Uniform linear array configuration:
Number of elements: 24
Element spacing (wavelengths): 0.5
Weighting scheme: exponential
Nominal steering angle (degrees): -15
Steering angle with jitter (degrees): -15.508
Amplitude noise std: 0.05
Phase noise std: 0.05

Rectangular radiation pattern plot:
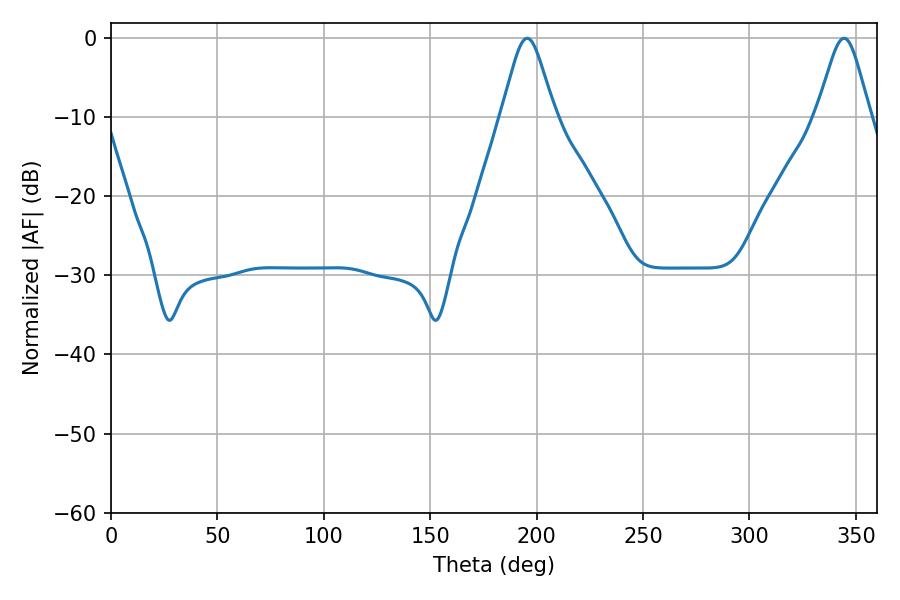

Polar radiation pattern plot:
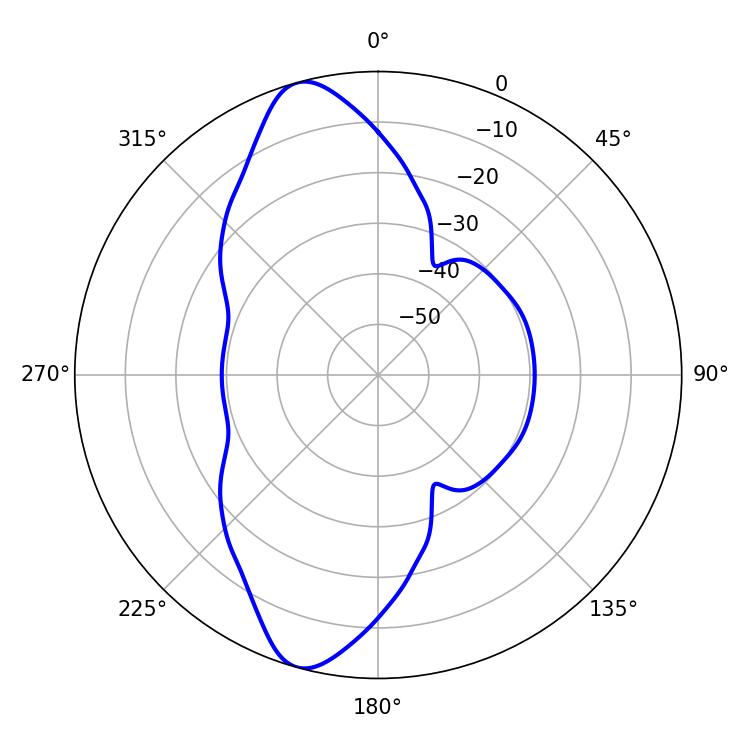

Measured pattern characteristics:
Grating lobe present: FALSE
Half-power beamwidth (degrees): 12.24
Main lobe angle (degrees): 195.48